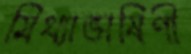
মিথ্যাভাষিণী